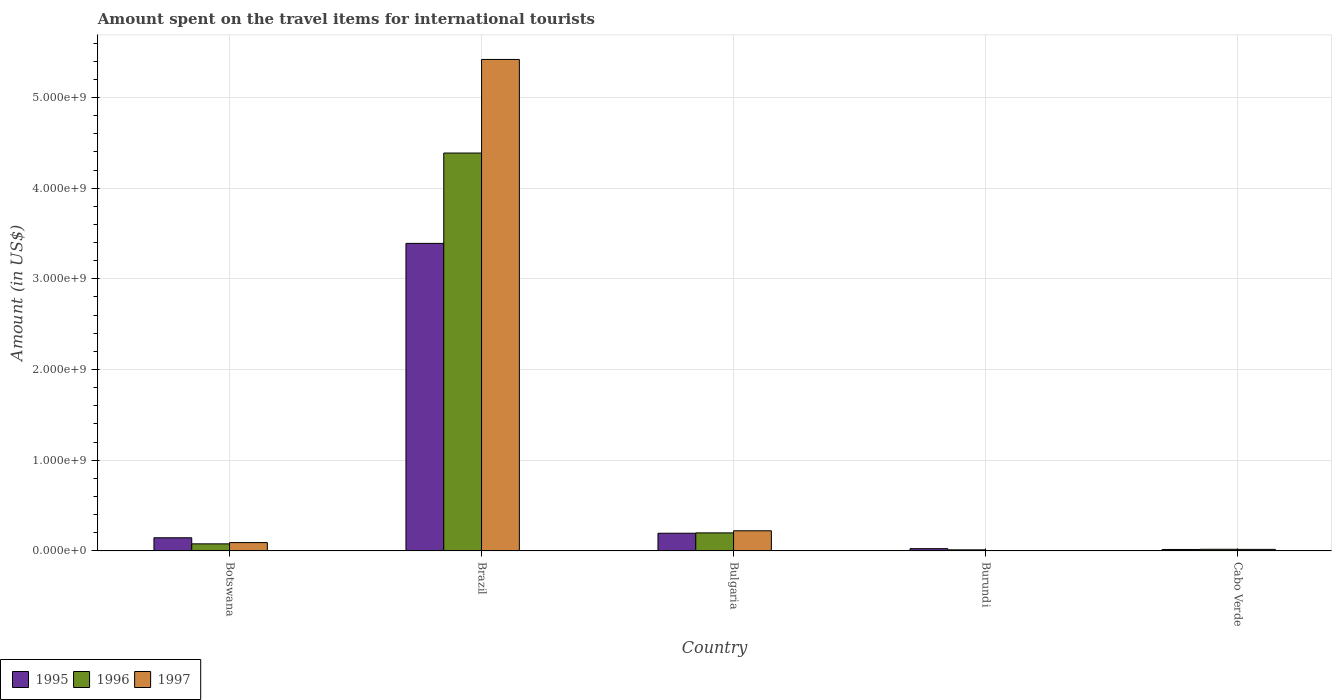
| Country | 1995 | 1996 | 1997 |
 | --- | --- | --- | --- |
 | Botswana | 1.45e+08 | 7.8e+07 | 9.2e+07 |
 | Brazil | 3.39e+09 | 4.39e+09 | 5.42e+09 |
 | Bulgaria | 1.95e+08 | 1.99e+08 | 2.22e+08 |
 | Burundi | 2.5e+07 | 1.2e+07 | 4e+06 |
 | Cabo Verde | 1.6e+07 | 1.8e+07 | 1.7e+07 |